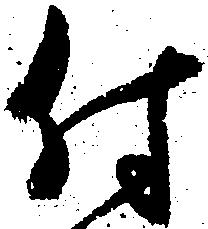
付